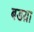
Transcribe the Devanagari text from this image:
बडय़ा